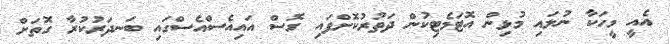
އެއީ މީހަކާ ނުލައި މުޅިން އޮޓަމެޓިކުން ދަތުރުކޮށްފައި ގޮސް އައިއެސްއެސްގައި ބަނދަރުކުރާ ގޮތަށް